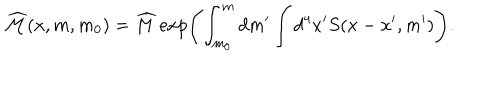
LaTeX: \widehat { { \cal M } } ( x , m , m _ { 0 } ) = \widehat { M } \exp \Biggl ( \int _ { m _ { 0 } } ^ { m } d m ^ { \prime } \int d ^ { 4 } x ^ { \prime } S ( x - x ^ { \prime } , m ^ { \prime } ) \Biggr ) .